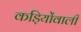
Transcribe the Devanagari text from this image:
कड़ियोंवाली